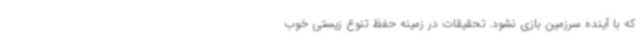
که با آینده سرزمین بازی نشود. تحقیقات در زمینه حفظ تنوع زیستی خوب